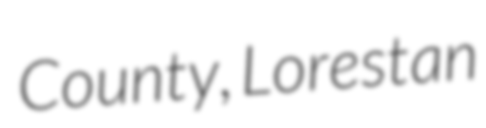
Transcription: County, Lorestan